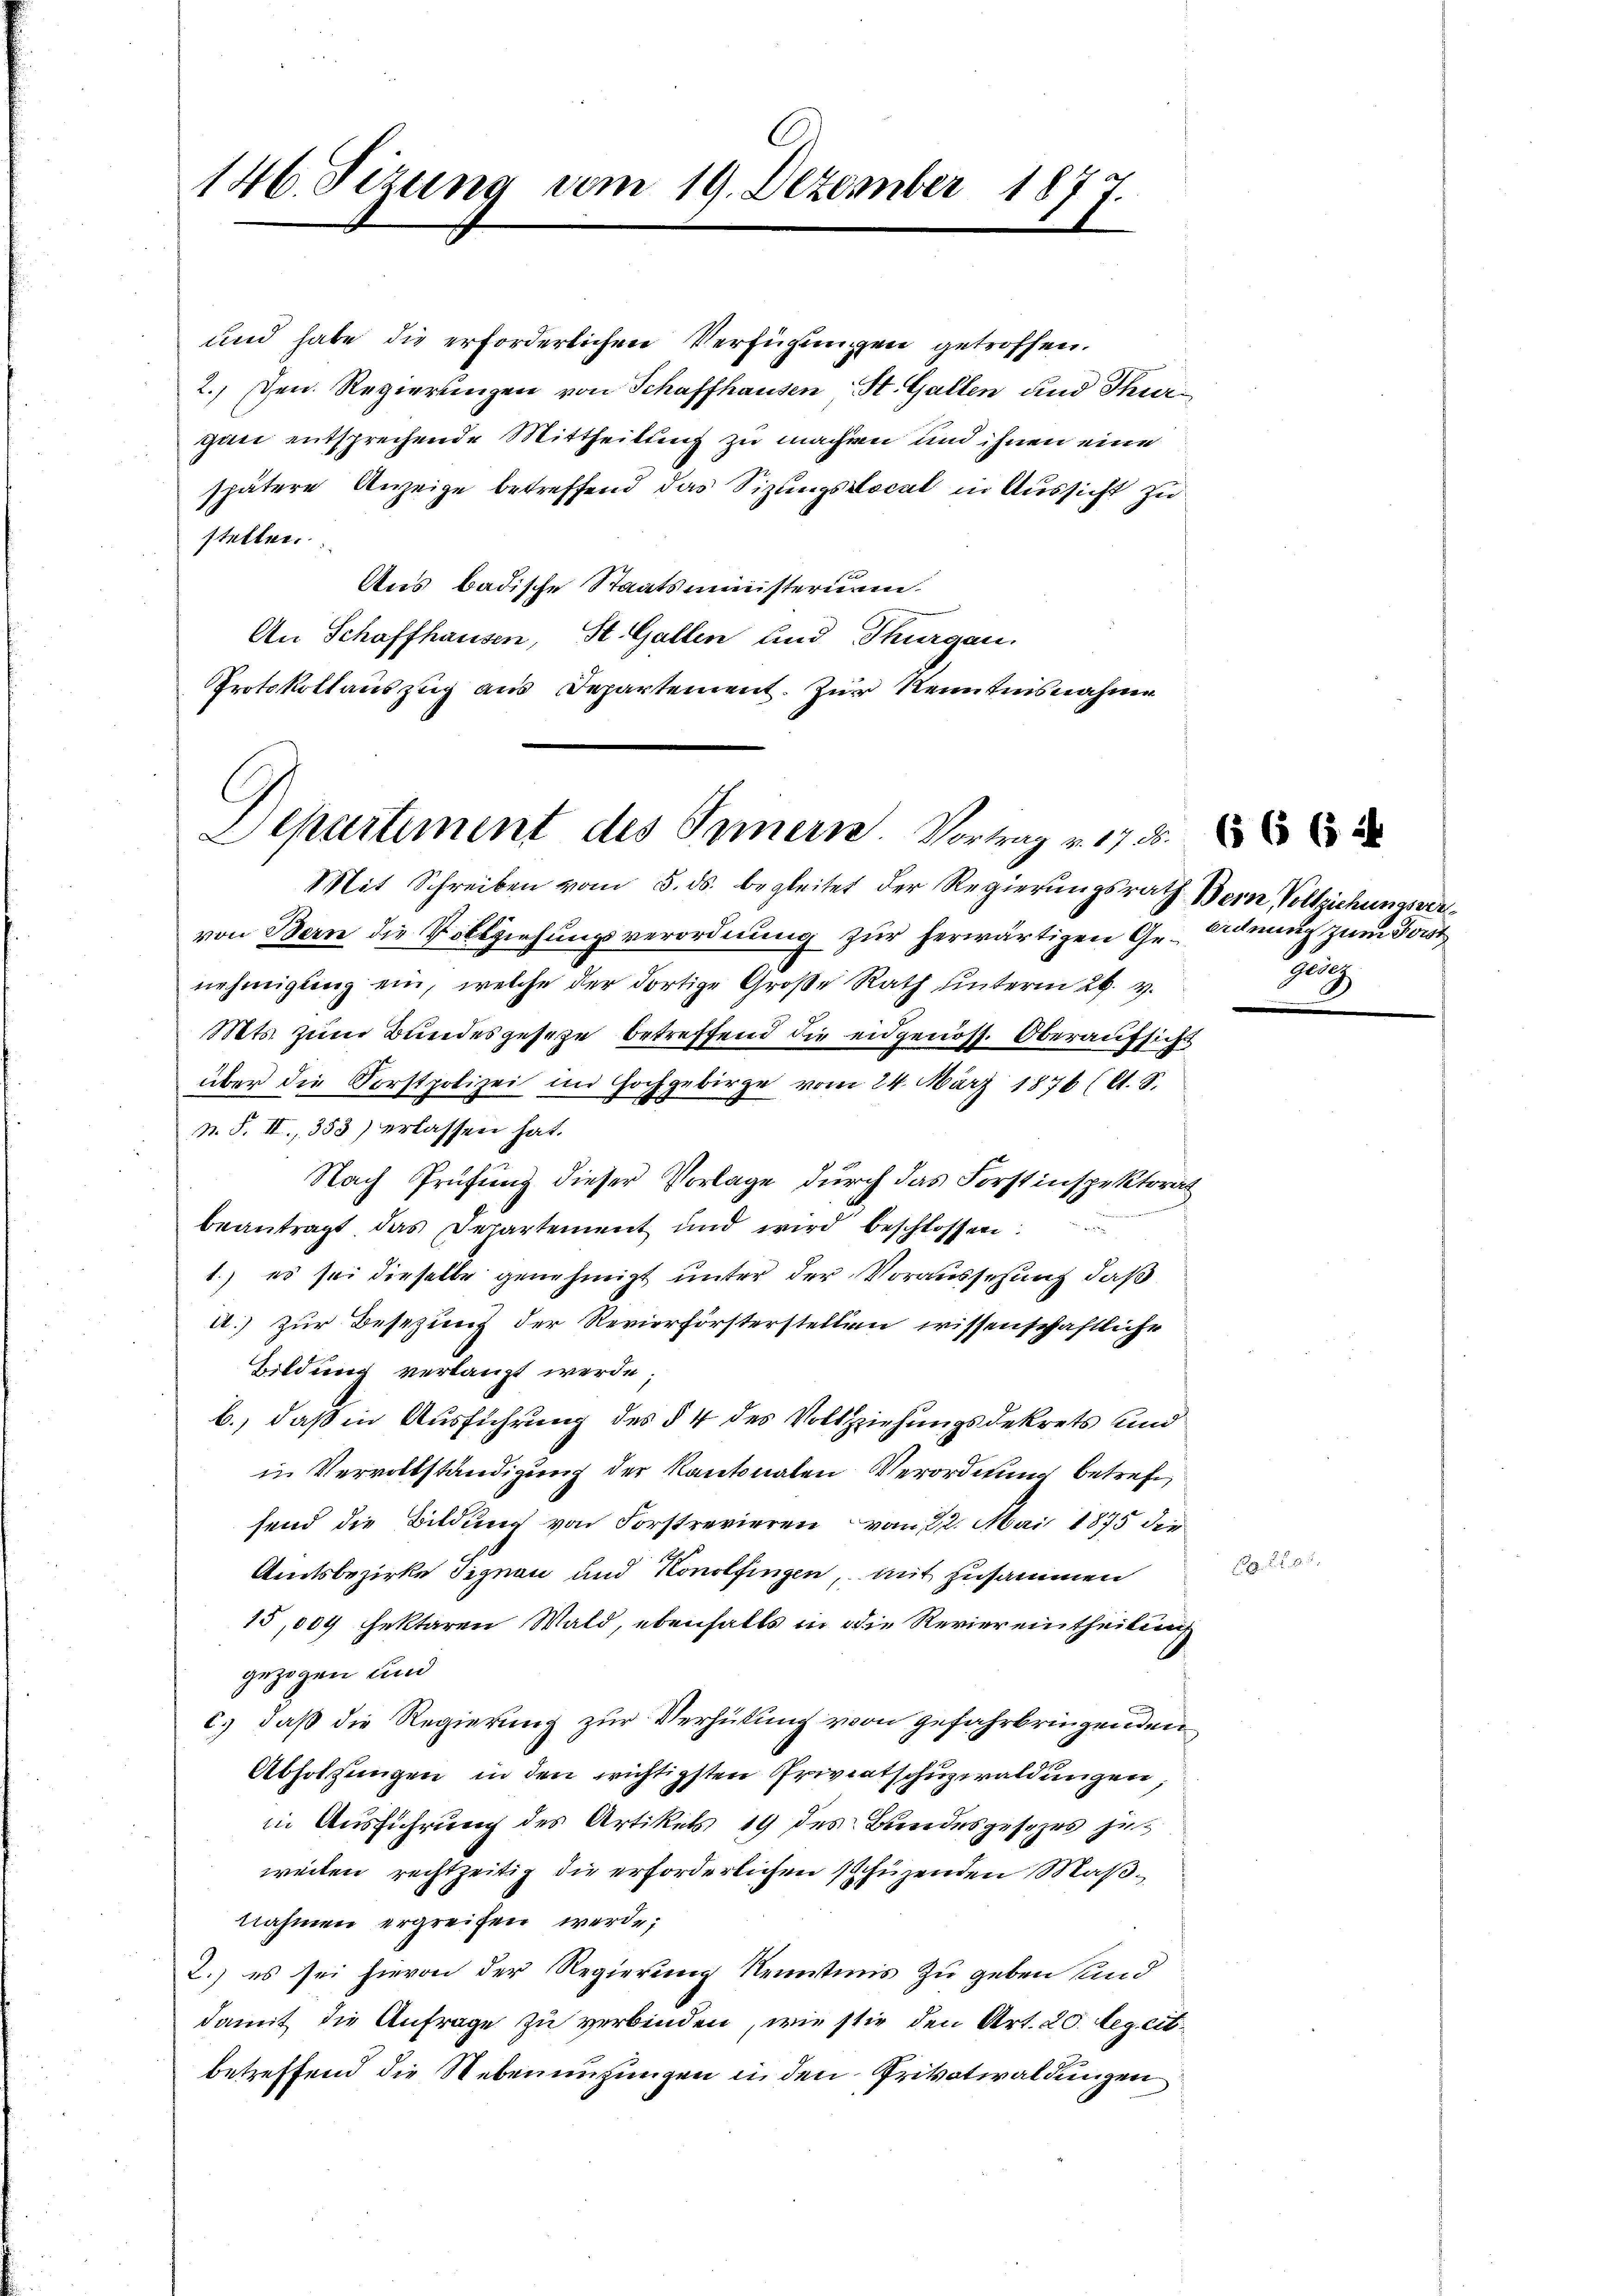
146. Sizung vom 19. Dezember 187

und habe die erforderlichen Verfügungen getroffen.
2.) schen. Regierungen von Schaffhausen St. Gallen und Thurgan entsprechende Mittheilung zu machen und ihnen eine
spätere Anzeige betreffend das Sizungslocal in Aussicht zu
stellen.
Aus badische Staatsministerium.
An Schaffhausen, St. Gallen und Thurgau.
Protokollauszug aus Departement. Zur Kenntnisnahme

C
Departement des Pomern. Vortrag v. 172.

Mit Schreiben vom 5. ds. begleitet der Regierungsrath Bern Vollziehungsvervon Bern die Vollziehungsverordnung zur herwärtigen Genehmigung ein, welche der dortige Große Rath unterm 26. v.
Mts. zum Bundesgesetze betreffend die eidgenoss. Oberaufsicht
über die Forstpolizei im Hochgebirge vom 24. März 1876 (lt. S.
N. S. II., 353) erlassen hat.
Nach Prüfung dieser Vorlage durch das Forstinspektorat
beantragt, das Departement und wird beschlossen:
1.) es sei dieselbe genehmigt unter der Voraussehung, daß
A.) zur Besezung der Revierförsterstellen wissenschaftliche
Bildung verlangt werde;
b., daß in Ausführung des § 4 des Vollziehungsdekrets und
in Vervollständigung der Kantonalen Verordnung betref
fend die Bildung von Forstrevieren vom 22. Mai 1875 die
Amtsbezirke Signau und Konolfingen, mit zusammen
15,009 fektaren Wald, ebenfalls in die Reviereintheilung
gezogen und
c.) daß die Regierung zur Verhütung von gefahrbringenden
Abholzungen in den wichtigsten Privatschuzwaldungen,
in Ausführung des Artikels 19 des Bundesgesezes jetz
weiten rechtzeitig die erforderlichen schützenden Maßnahmen ergreifen werde;
2.) es sei hievon der Regierung Kenntnis zu geben und
damit die Anfrage zu verbinden, wie stie den Art. 20. Leg. cit.
betreffend die Nebenenzungen in den Privatwaldungen

Ordnung zum Forst
B

5. 21.